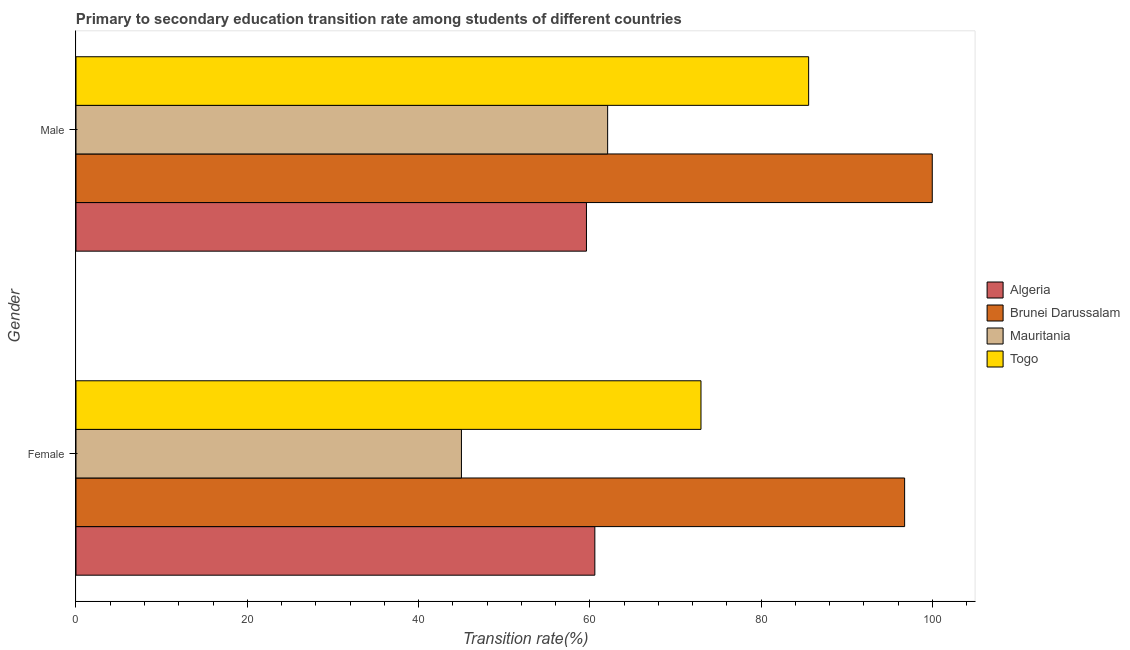
| Gender | Algeria | Brunei Darussalam | Mauritania | Togo |
 | --- | --- | --- | --- | --- |
 | Female | 60.6 | 96.8 | 45 | 73 |
 | Male | 59.6 | 100 | 62.1 | 85.6 |